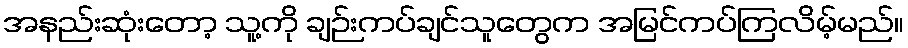
အနည်းဆုံးတော့ သူ့ကို ချဉ်းကပ်ချင်သူတွေက အမြင်ကပ်ကြလိမ့်မည်။